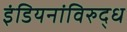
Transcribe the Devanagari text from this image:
इंडियनांविरुद्ध